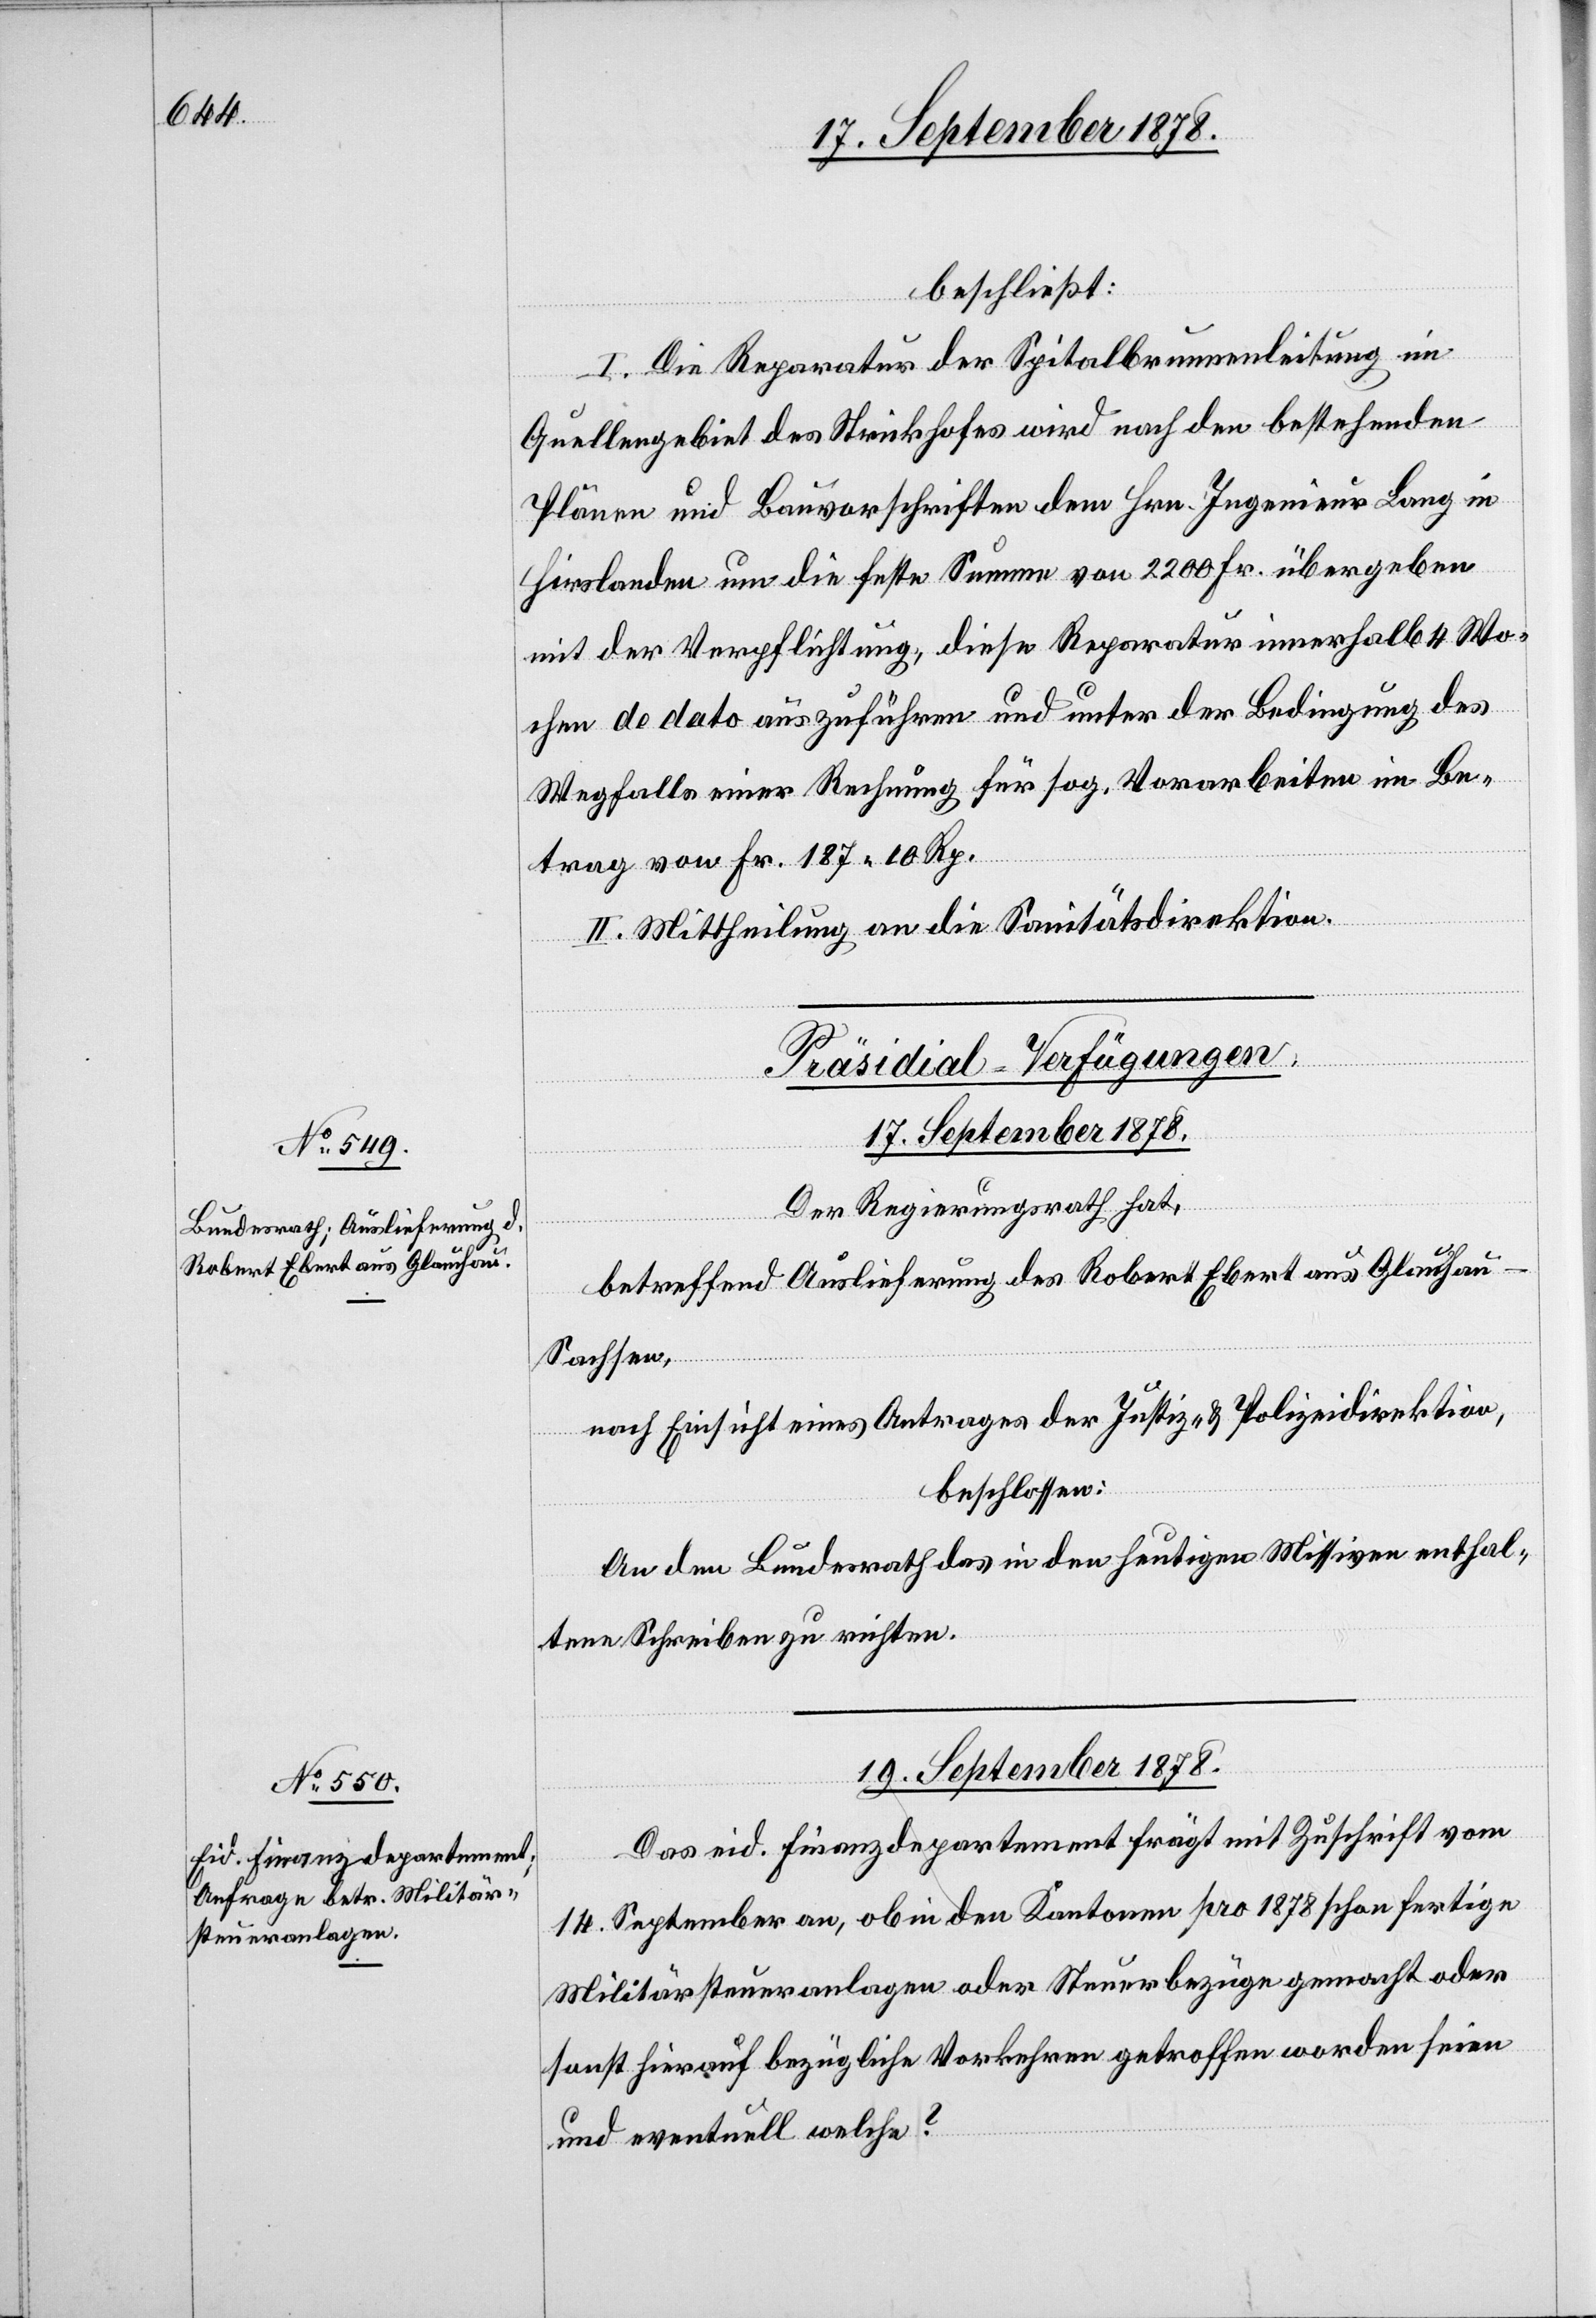
beschließt:
I. Die Reparatur der Spitalbrunnenleitung im
Quellengebiet des Strickhofes wird nach den bestehenden
Plänen und Bauvorschriften dem Hrn. Ingenieur Lang in
Hirslanden um die feste Summe von 2200 Fr. übergeben
mit der Verpflichtung, diese Reparatur innerhalb 4 Wo¬
chen de dato auszuführen und unter der Bedingung des
Wegfalls einer Rechnung für sog. Vorarbeiten im Be¬
trag von Fr. 187 10 Rp.
II. Mittheilung an die Sanitätsdirektion.
[Präsidial-Verfügungen.]
17. September 1878.
Der Regierungsrath hat,
betreffend Auslieferung des Robert Ebert aus Glauchau
Sachsen,
nach Einsicht eines Antrages der Justiz- & Polizeidirektion,
beschlossen:
An den Bundesrath das in den heutigen Missiven enthal¬
tene Schreiben zu richten.
19. September 1878.
Das eid. Finanzdepartement frägt mit Zuschrift vom
14. September an, ob in den Kantonen pro 1878 schon fertige
Militärsteueranlagen oder Steuerbezüge gemacht oder
sonst hierauf bezügliche Vorkehren getroffen worden seien
und eventuell welche?